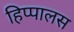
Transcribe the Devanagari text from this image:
हिप्पालस